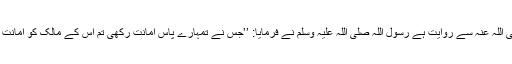
ابو ہریرہ رضی اللہ عنہ سے روایت ہے رسول اللہ صلی اللہ علیہ وسلم نے فرمایا: ’’جس نے تمہارے پاس امانت رکھی تم اس کے مالک کو امانت مکمل ادا کرو۔